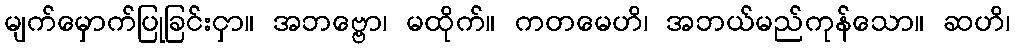
မျက်မှောက်ပြုခြင်းငှာ။ အဘဗ္ဗော၊ မထိုက်။ ကတမေဟိ၊ အဘယ်မည်ကုန်သော။ ဆဟိ၊